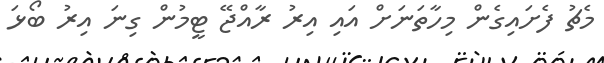
މެޗު ފެށައިގެން މިހާތަނަށް އައި އިރު ރާއްޖޭ ޓީމުން ގިނަ އިރު ބޯޅަ